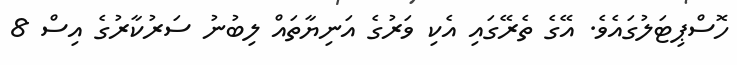
ހޮސްޕިޓަލުގައެވެ. އޭގެ ތެރޭގައި އެކި ވަރުގެ އަނިޔާތައް ލިބުނު ސަރުކާރުގެ އިސް 8